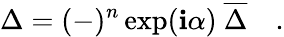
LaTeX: \Delta=(-)^{n}\exp(\mathbf{i}\alpha)\ {\overline{{{{\Delta}}}}}\quad.